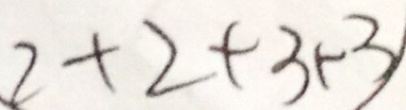
2 + 2 + 3 + 3